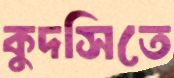
কুদসিতে